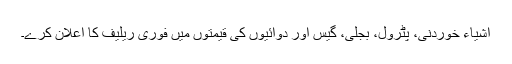
اشیاء خوردنی، پٹرول، بجلی، گیس اور دوائیوں کی قیمتوں میں فوری ریلیف کا اعلان کرے۔